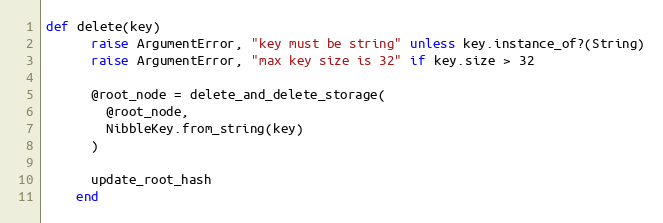
Language: Ruby
def delete(key)
      raise ArgumentError, "key must be string" unless key.instance_of?(String)
      raise ArgumentError, "max key size is 32" if key.size > 32

      @root_node = delete_and_delete_storage(
        @root_node,
        NibbleKey.from_string(key)
      )

      update_root_hash
    end